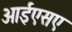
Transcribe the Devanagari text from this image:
आईएसए